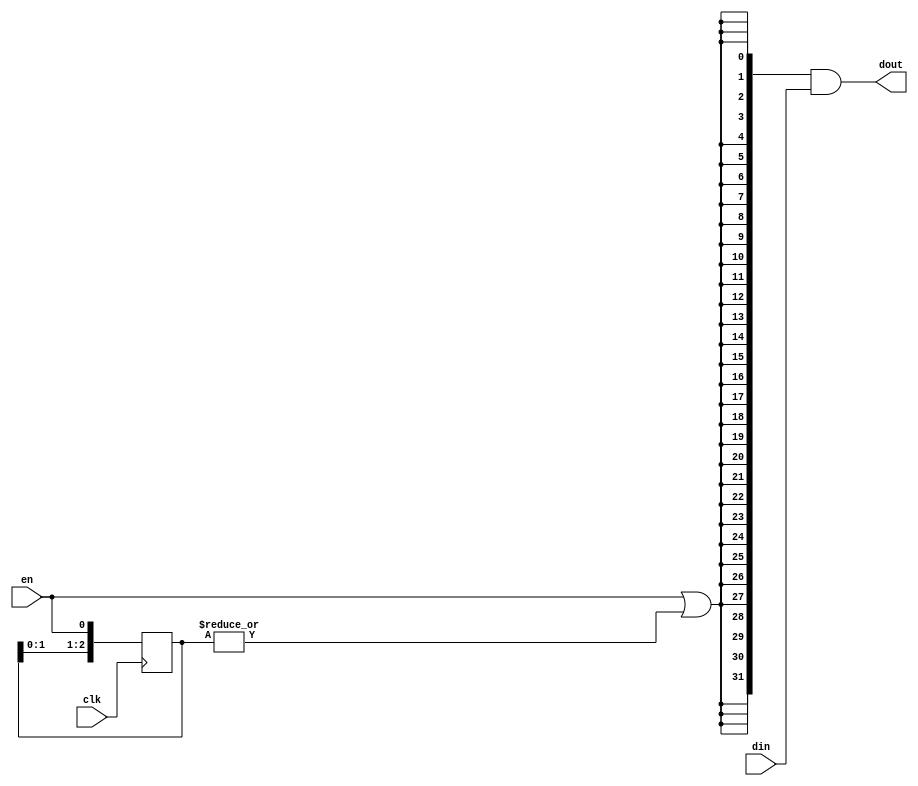
module oh_datagate #(parameter DW = 32, 
		     parameter N  = 3   
		     )
   ( 
     input 	     clk, 
     input 	     en,  
     input [DW-1:0]  din, 
     output [DW-1:0] dout 
     );
   reg [N-1:0]    enable_pipe;   
   wire 	  enable;
   always @ (posedge clk)
     enable_pipe[N-1:0] <= {enable_pipe[N-2:0],en};
   assign enable = en | (|enable_pipe[N-1:0]);
   assign dout[DW-1:0] = {(DW){enable}} & din[DW-1:0];
endmodule